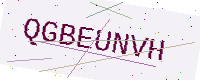
Text: QGBEUNVH